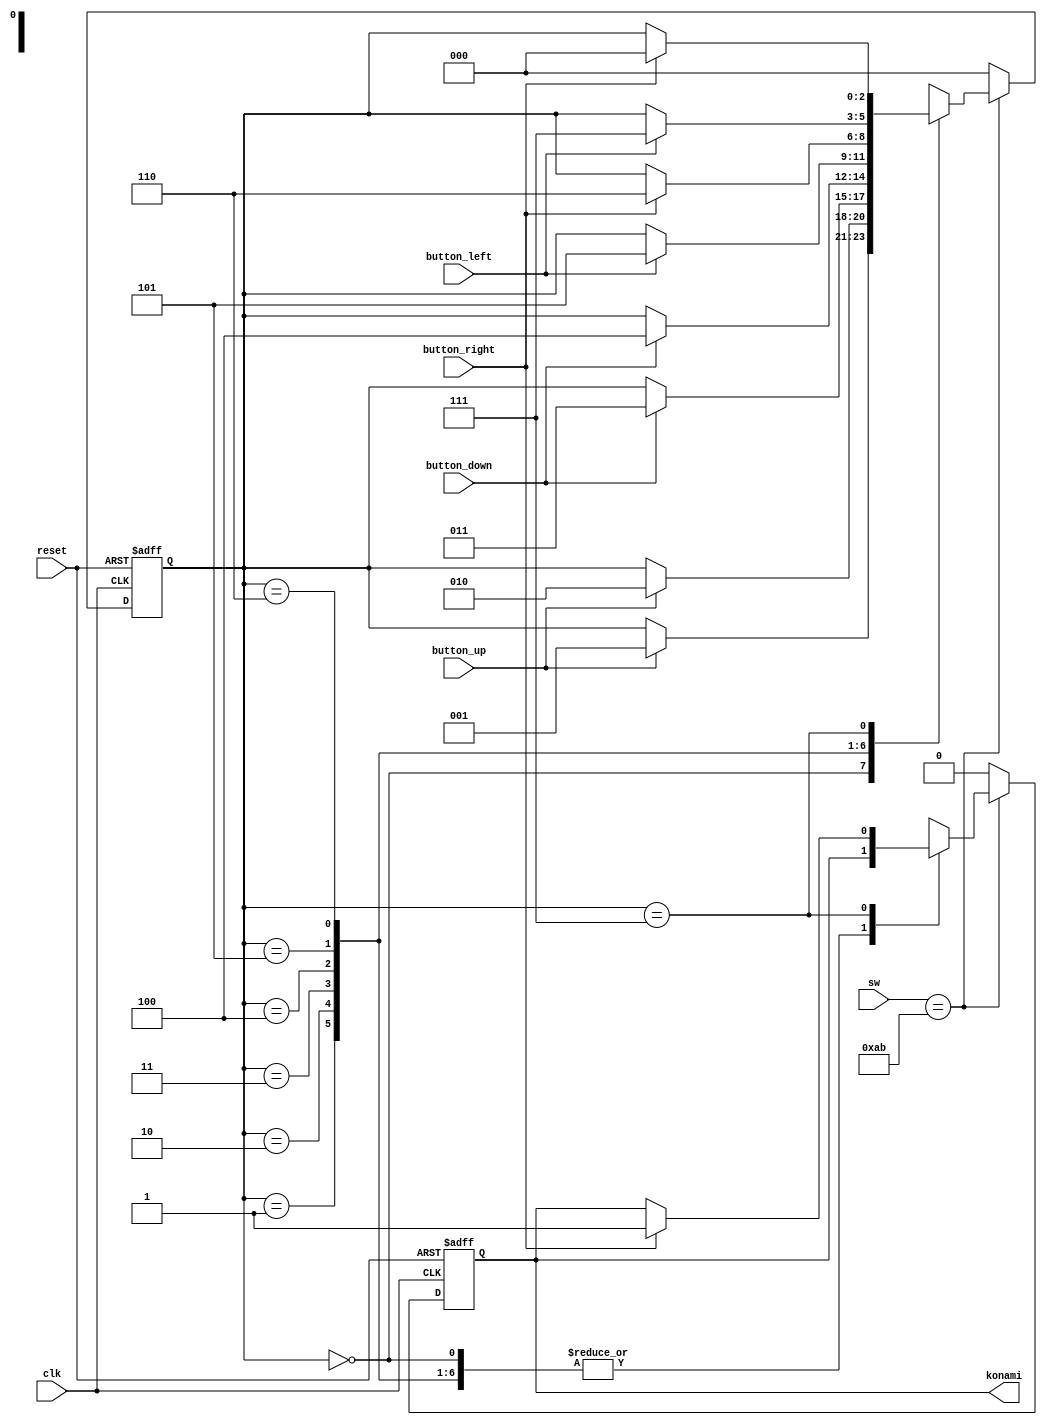
module konami(clk, reset, sw, button_up, button_down,
              button_left, button_right, konami);

	input wire       clk, reset, button_up, button_down,
                 	  button_left, button_right;
	input wire [7:0] sw;
	output reg       konami;

	localparam up1 = 3'b000;
	localparam up2 = 3'b001;
	localparam down1 = 3'b010;
	localparam down2 = 3'b011;
	localparam left1 = 3'b100;
	localparam right1 = 3'b101;
	localparam left2 = 3'b110;
	localparam right2 = 3'b111;
	localparam ab_input = 8'b10101011;
	
	reg n_konami;
	reg [2:0] kstate, n_kstate;
	
	always @ (posedge clk, posedge reset)
	begin
	
	   if (reset)
		begin
			konami <= 1'b0;
			kstate <= up1;
		end
			
		else
		begin
		   konami <= n_konami;
			kstate <= n_kstate;
		end
	
	end

//konami command
   always @ (*)
	begin
	
	   n_kstate = up1;
		n_konami = 1'b0;
	
	   if( sw == ab_input )
		begin
		
		   n_konami = konami;

	      case ( kstate )
		      
				up1:
				   if( button_up )
					   n_kstate = up2;
					else
					   n_kstate = kstate;
				
				up2:
				   if( button_up )
					   n_kstate = down1;
					else
					   n_kstate = kstate;
				
				down1:
				   if( button_down )
					   n_kstate = down2;
					else
					   n_kstate = kstate;
				
				down2:
				   if( button_down )
					   n_kstate = left1;
					else
					   n_kstate = kstate;
				
				left1:
				   if( button_left )
					   n_kstate = right1;
					else
					   n_kstate = kstate;
				
				right1:
				   if(button_right)
					   n_kstate = left2;
					else
					   n_kstate = kstate;
				
				left2:
					if(button_left)
					   n_kstate = right2;
					else
					   n_kstate = kstate;
				
				right2:
					if(button_right)
					begin
					   if( konami == 1'b0 )
					      n_konami = 1'b1;
					   n_kstate = up1;
					end
					else
					   n_kstate = kstate;
				
				default:
				   n_kstate = kstate;
					
		   endcase
			
		end
	
	end

endmodule